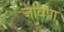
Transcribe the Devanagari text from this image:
जविप्रा